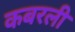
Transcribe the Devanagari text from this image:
कबरली